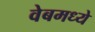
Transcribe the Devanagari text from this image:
वेबमध्ये